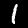
Label: 1